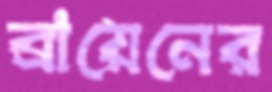
ব্রায়েনের